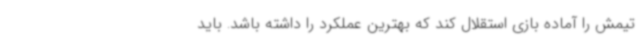
تیمش را آماده بازی استقلال کند که بهترین عملکرد را داشته باشد. باید